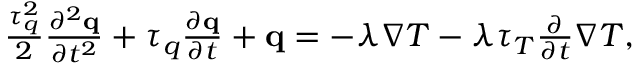
\begin{array} { r } { \frac { \tau _ { q } ^ { 2 } } { 2 } \frac { \partial ^ { 2 } \mathbf q } { \partial t ^ { 2 } } + \tau _ { q } \frac { \partial \mathbf q } { \partial t } + \mathbf q = - \lambda \nabla T - \lambda \tau _ { T } \frac { \partial } { \partial t } \nabla T , } \end{array}